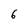
Character: 6